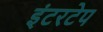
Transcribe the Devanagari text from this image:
इंटरटेप